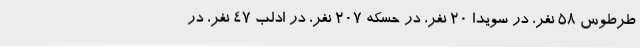
طرطوس 58 نفر، در سویدا 20 نفر، در حسکه 207 نفر، در ادلب 47 نفر، در